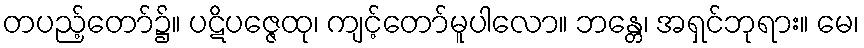
တပည့်တော်၌။ ပဋိပဇ္ဇေထု၊ ကျင့်တော်မူပါလော။ ဘန္တေ၊ အရှင်ဘုရား။ မေ၊